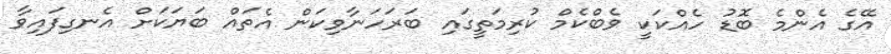
އޭގެ އެންމެ ބޮޑު ހެއްކަކީ ވެބްކެމް ކުރިމަތީގައި ބަރަހަނާވިކަން އެތައް ބަޔަކަށް އެނގިފައިވާ